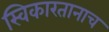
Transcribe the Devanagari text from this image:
स्विकारतानाच